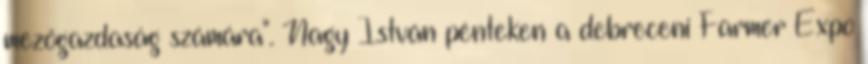
mezőgazdaság számára". Nagy István pénteken a debreceni Farmer Expo